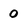
Character: 0